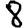
Digit: 8